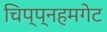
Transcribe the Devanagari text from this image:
चिप्प्नहमगेट